Vaccination North-Western Provinces and Oudh 1878-1895 - 1878-1895
Year: 1878
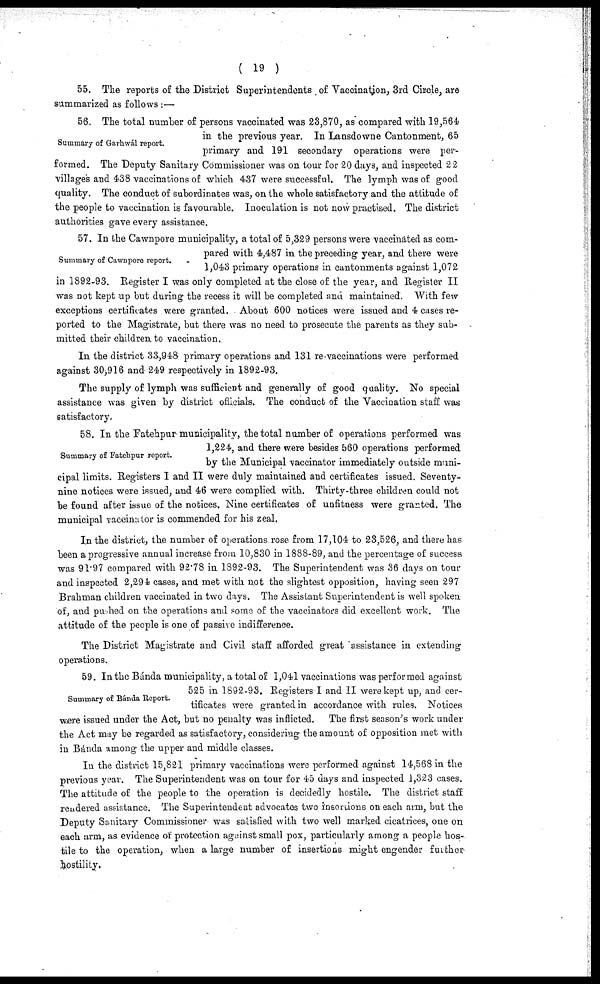
( 19 )
55. The reports of the District Superintendents of Vaccination, 3rd Circle, are
summarized as follows :—
Summary of Gavhwál report.
56. The total number of persons vaccinated was 23,870, as compared with 19,564
in the previous year. In Lansdowne Cantonment, 65
primary and 191 secondary operations were per-
formed. The Deputy Sanitary Commissioner was on tour for 20 days, and inspected 22
villages and 438 vaccinations of which 437 were successful. The lymph was of good
quality. The conduct of subordinates was, on the whole satisfactory and the attitude of
the people to vaccination is favourable. Inoculation is not now practised. The district
authorities gave every assistance.
Summary of Cawnpore report.
57. In the Cawnpore municipality, a total of 5,329 persons were vaccinated as com-
pared with 4,487 in the preceding year, and there were
1,043 primary operations in cantonments against 1,072
in 1892-93. Register I was only completed at the close of the year, and Register II
was not kept up but during the recess it will be completed and maintained. With few
exceptions certificates were granted. About 600 notices were issued and 4 cases re-
ported to the Magistrate, but there was no need to prosecute the parents as they sub-
mitted their children to vaccination.
In the district 33,948 primary operations and 131 re-vaccinations were performed
against 30,916 and 249 respectively in 1892-93.
The supply of lymph was sufficient and generally of good quality. No special
assistance was given by district officials. The conduct of the Vaccination staff was
satisfactory.
Summary of Fatehpur report.
58. In the Fatehpur municipality, the total number of operations performed was
1,224, and there were besides 560 operations performed
by the Municipal vaccinator immediately outside muni-
cipal limits. Registers I and II were duly maintained and certificates issued. Seventy-
nine notices were issued, and 46 were complied with. Thirty-three children could not
be found after issue of the notices. Nine certificates of unfitness were granted. The
municipal vaccinator is commended for his zeal.
In the district, the number of operations rose from 17,104 to 23,526, and there has
been a progressive annual increase from 10,830 in 1888-89, and the percentage of success
was 91.97 compared with 92.78 in 1892-93. The Superintendent was 36 days on tour
and inspected 2,294 cases, and met with not the slightest opposition, having seen 297
Brahman children vaccinated in two days. The Assistant Superintendent is well spoken
of, and pushed on the operations and some of the vaccinators did excellent work. The
attitude of the people is one of passive indifference.
The District Magistrate and Civil staff afforded great assistance in extending
operations.
Summary of Bánda Report.
59. In the Bánda municipality, a total of 1,041 vaccinations was performed against
525 in 1892-93. Registers I and II were kept up, and cer-
tificates were granted in accordance with rules. Notices
were issued under the Act, but no penalty was inflicted. The first season's work under
the Act may be regarded as satisfactory, considering the amount of opposition met with
in Bánda among the upper and middle classes.
In the district 15,821 primary vaccinations were performed against 14,568 in the
previous year. The Superintendent was on tour for 45 days and inspected 1,323 cases.
The attitude of the people to the operation is decidedly hostile. The district staff
rendered assistance. The Superintendent advocates two insertions on each arm, but the
Deputy Sanitary Commissioner was satisfied with two well marked cicatrices, one on
each arm, as evidence of protection against small pox, particularly among a people hos-
tile to the operation, when a large number of insertions might engender further
hostility.